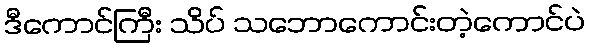
ဒီကောင်ကြီး သိပ် သဘောကောင်းတဲ့ကောင်ပဲ